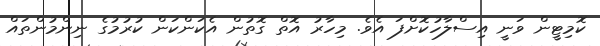
ކޮމިޓީން ވަނީ އިސްލާހުކޮށްފަ އެވެ. މިހާރު އޮތް ގޮތުން އެކަންކަން ކުރުމުގެ ނިންމުންތައް